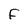
Character: F